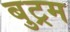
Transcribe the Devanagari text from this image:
बुट्रम